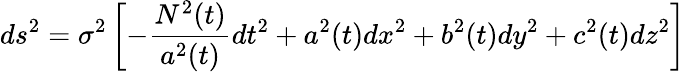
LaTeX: ds^{2}=\sigma^{2}\left[-\frac{N^{2}(t)}{a^{2}(t)}dt^{2}+a^{2}(t)dx^{2}+b^{2}(t)dy^{2}+c^{2}(t)dz^{2}\right]